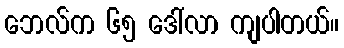
ဘေလ်က ၆၅ ဒေါ်လာ ကျပါတယ်။